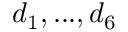
d _ { 1 } , . . . , d _ { 6 }